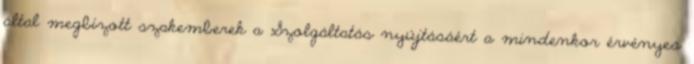
által megbízott szakemberek a Szolgáltatás nyújtásáért a mindenkor érvényes